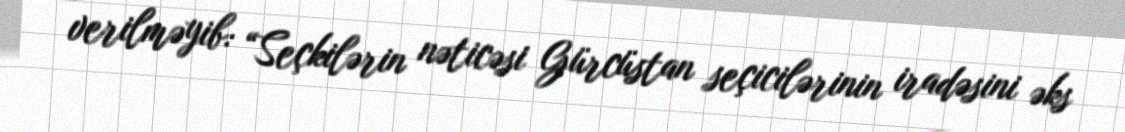
verilməyib: “Seçkilərin nəticəsi Gürcüstan seçicilərinin iradəsini əks